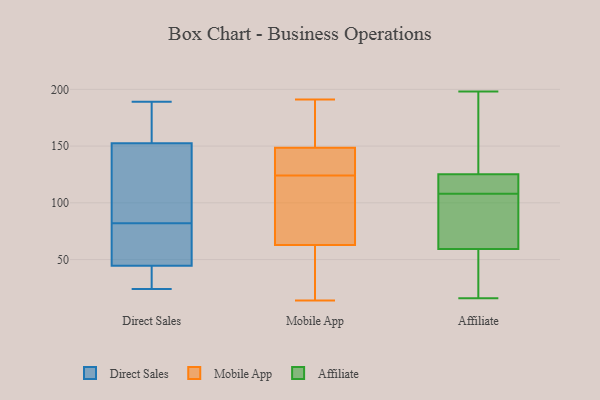
{"axis": {"x": "Active Users", "y": "Value"}, "legend": ["Affiliate", "Direct Sales", "Mobile App"], "data": [{"x": "", "y": 31, "type": "Direct Sales"}, {"x": "", "y": 24, "type": "Direct Sales"}, {"x": "", "y": 131, "type": "Direct Sales"}, {"x": "", "y": 180, "type": "Direct Sales"}, {"x": "", "y": 30, "type": "Direct Sales"}, {"x": "", "y": 47, "type": "Direct Sales"}, {"x": "", "y": 122, "type": "Direct Sales"}, {"x": "", "y": 42, "type": "Direct Sales"}, {"x": "", "y": 89, "type": "Direct Sales"}, {"x": "", "y": 161, "type": "Direct Sales"}, {"x": "", "y": 68, "type": "Direct Sales"}, {"x": "", "y": 148, "type": "Direct Sales"}, {"x": "", "y": 32, "type": "Direct Sales"}, {"x": "", "y": 77, "type": "Direct Sales"}, {"x": "", "y": 157, "type": "Direct Sales"}, {"x": "", "y": 189, "type": "Direct Sales"}, {"x": "", "y": 160, "type": "Direct Sales"}, {"x": "", "y": 58, "type": "Direct Sales"}, {"x": "", "y": 53, "type": "Direct Sales"}, {"x": "", "y": 87, "type": "Direct Sales"}, {"x": "", "y": 146, "type": "Mobile App"}, {"x": "", "y": 109, "type": "Mobile App"}, {"x": "", "y": 124, "type": "Mobile App"}, {"x": "", "y": 169, "type": "Mobile App"}, {"x": "", "y": 90, "type": "Mobile App"}, {"x": "", "y": 189, "type": "Mobile App"}, {"x": "", "y": 147, "type": "Mobile App"}, {"x": "", "y": 48, "type": "Mobile App"}, {"x": "", "y": 191, "type": "Mobile App"}, {"x": "", "y": 189, "type": "Mobile App"}, {"x": "", "y": 27, "type": "Mobile App"}, {"x": "", "y": 149, "type": "Mobile App"}, {"x": "", "y": 54, "type": "Mobile App"}, {"x": "", "y": 14, "type": "Mobile App"}, {"x": "", "y": 128, "type": "Mobile App"}, {"x": "", "y": 80, "type": "Mobile App"}, {"x": "", "y": 57, "type": "Mobile App"}, {"x": "", "y": 146, "type": "Mobile App"}, {"x": "", "y": 108, "type": "Mobile App"}, {"x": "", "y": 198, "type": "Affiliate"}, {"x": "", "y": 118, "type": "Affiliate"}, {"x": "", "y": 39, "type": "Affiliate"}, {"x": "", "y": 108, "type": "Affiliate"}, {"x": "", "y": 53, "type": "Affiliate"}, {"x": "", "y": 115, "type": "Affiliate"}, {"x": "", "y": 58, "type": "Affiliate"}, {"x": "", "y": 121, "type": "Affiliate"}, {"x": "", "y": 184, "type": "Affiliate"}, {"x": "", "y": 63, "type": "Affiliate"}, {"x": "", "y": 189, "type": "Affiliate"}, {"x": "", "y": 126, "type": "Affiliate"}, {"x": "", "y": 16, "type": "Affiliate"}, {"x": "", "y": 102, "type": "Affiliate"}, {"x": "", "y": 90, "type": "Affiliate"}, {"x": "", "y": 107, "type": "Affiliate"}, {"x": "", "y": 123, "type": "Affiliate"}, {"x": "", "y": 29, "type": "Affiliate"}, {"x": "", "y": 167, "type": "Affiliate"}]}